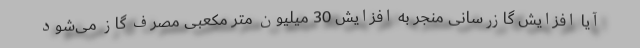
آیا افزایش گازرسانی منجر به افزایش 30 میلیون متر مکعبی مصرف گاز می‌شود